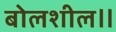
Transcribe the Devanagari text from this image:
बोलशील॥